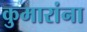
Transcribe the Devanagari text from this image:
कुमारांना